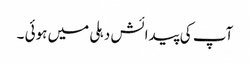
آپ کی پیدائش دہلی میں ہوئی ۔